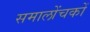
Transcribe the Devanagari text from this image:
समालोंचकों